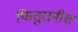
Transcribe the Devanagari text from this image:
फितुरांनीच